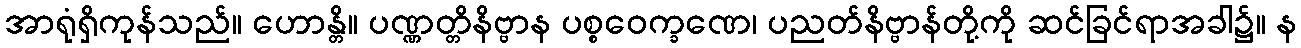
အာရုံရှိကုန်သည်။ ဟောန္တိ။ ပဏ္ဏတ္တိနိဗ္ဗာန ပစ္စဝေက္ခဏေ၊ ပညတ်နိဗ္ဗာန်တို့ကို ဆင်ခြင်ရာအခါ၌။ န